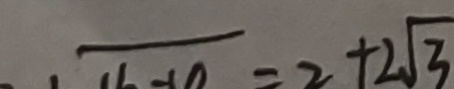
= 2 + 2 \sqrt { 3 }